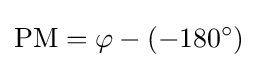
\mathrm {PM} =\varphi -(-180^{\circ })